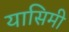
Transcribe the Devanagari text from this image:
यासिमी